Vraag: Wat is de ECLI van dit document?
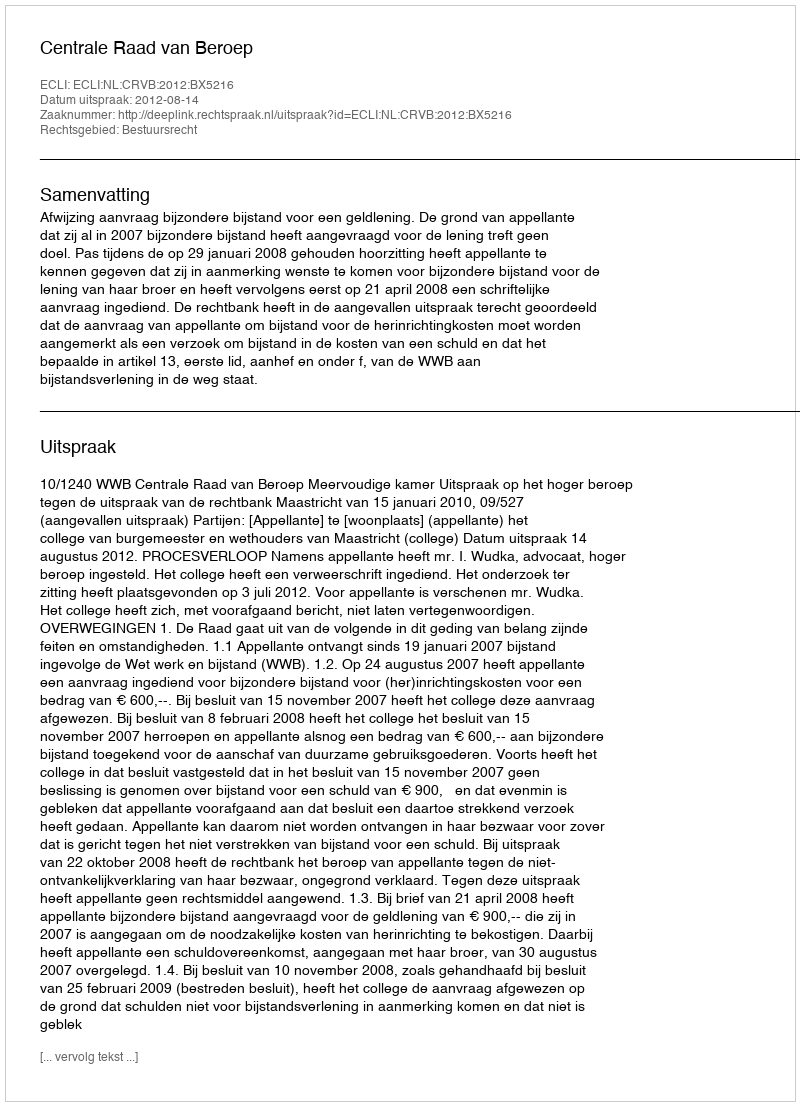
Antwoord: ECLI:NL:CRVB:2012:BX5216